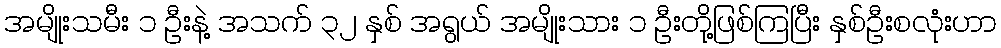
အမျိုးသမီး ၁ ဦးနဲ့ အသက် ၃၂ နှစ် အရွယ် အမျိုးသား ၁ ဦးတို့ဖြစ်ကြပြီး နှစ်ဦးစလုံးဟာ